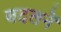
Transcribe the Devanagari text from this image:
बदलनें